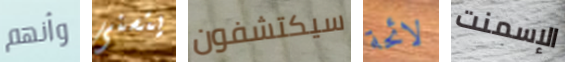
وأنهم يتسنى سيكتشفون لائحة الإسمنت